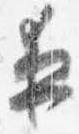
夜